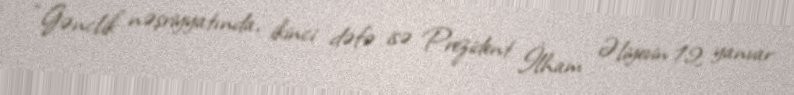
“Gənclik” nəşriyyatında, ikinci dəfə isə Prezident İlham Əliyevin 12 yanvar